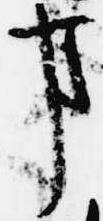
事